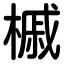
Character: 槭